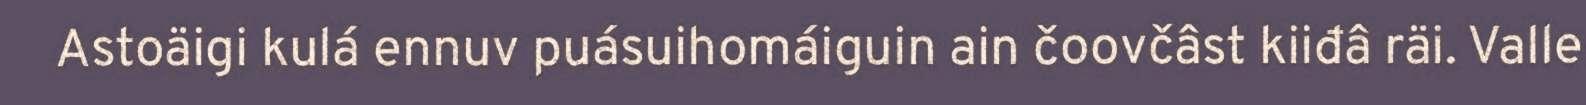
Astoäigi kulá ennuv puásuihomáiguin ain čoovčâst kiiđâ räi. Valle